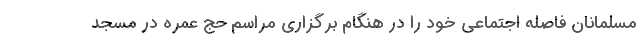
مسلمانان فاصله اجتماعی خود را در هنگام برگزاری مراسم حج عمره در مسجد